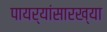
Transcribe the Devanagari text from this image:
पायर्यांसारख्या